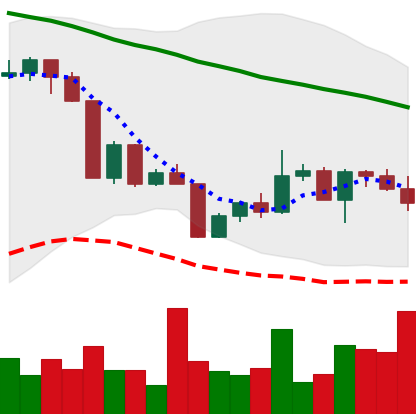
Ticker: XLM-USD
Chart end date: 2022-04-21
Forward return: -8.205%
Label: down_7plus